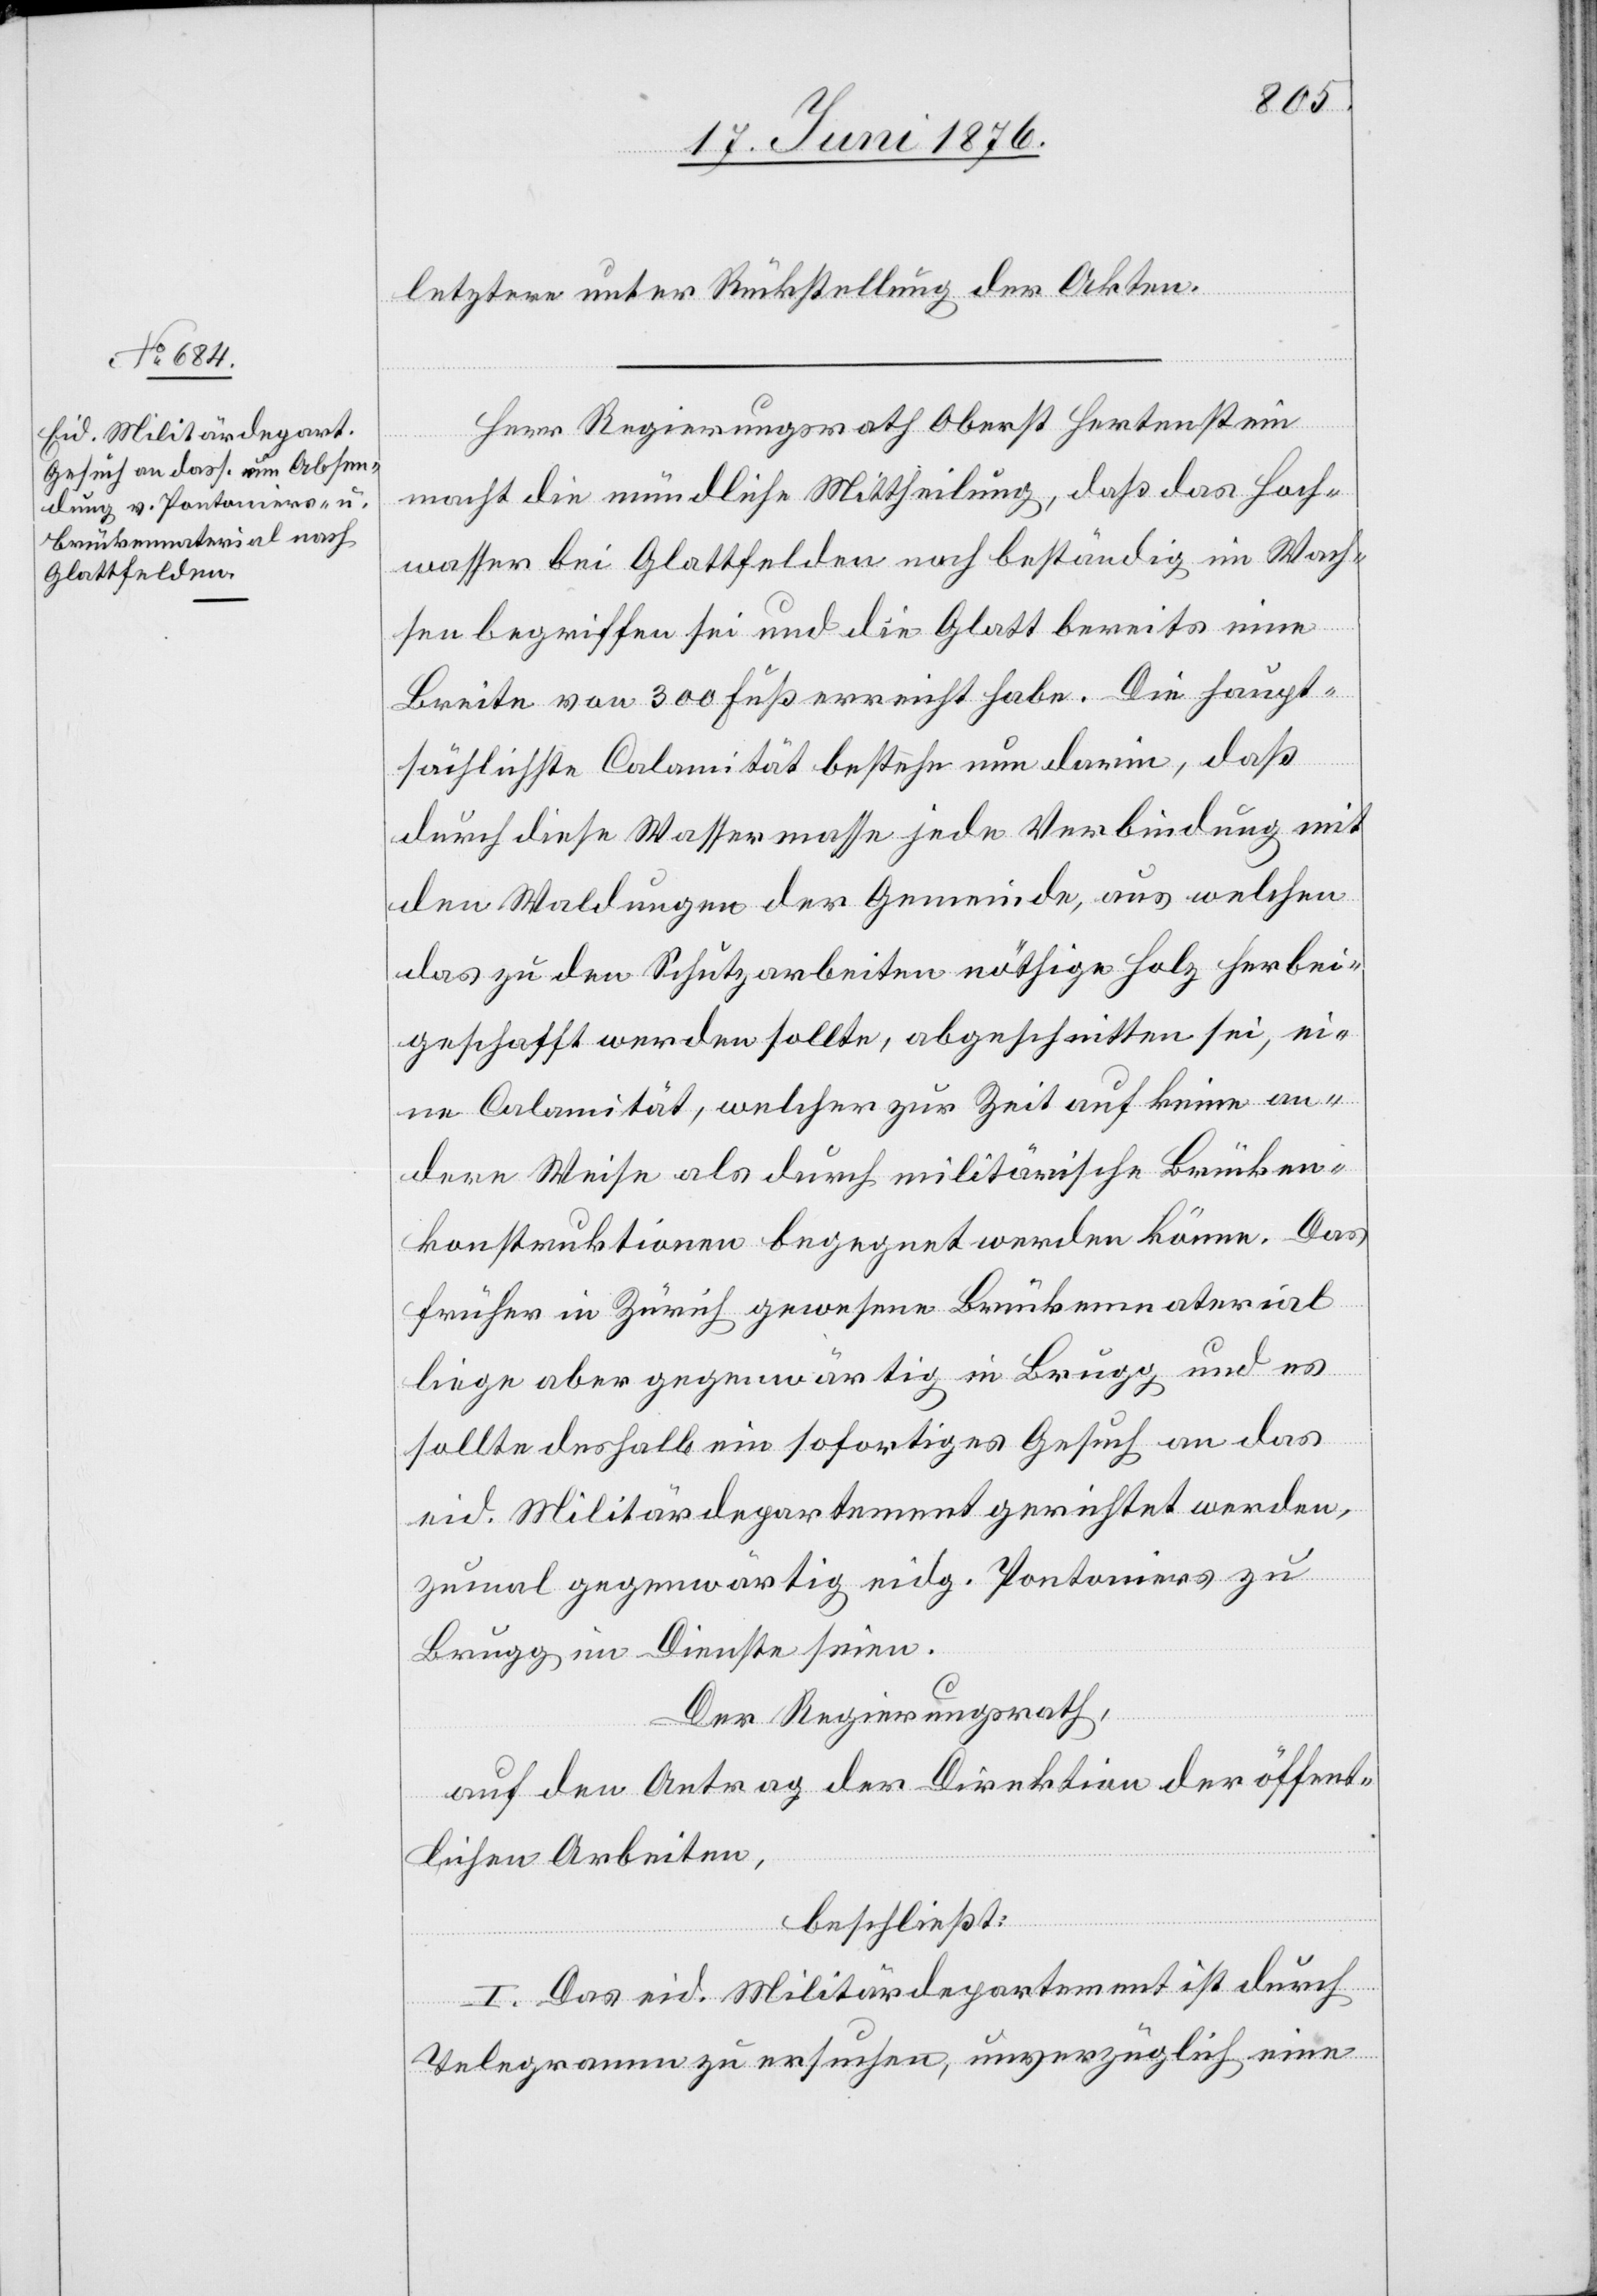
letztere unter Rückstellung der Akten.
Herr Regierungsrath Oberst Hertenstein
macht die mündliche Mittheilung, daß das Hoch¬
wasser bei Glattfelden noch beständig im Wach¬
sen begriffen sei und die Glatt bereits eine
Breite von 300 Fuß erreicht habe. Die haupt¬
sächlichste Calamität bestehe nun darin, daß
durch diese Wassermasse jede Verbindung mit
den Waldungen der Gemeinde, aus welchen
das zu den Schutzarbeiten nöthige Holz herbei¬
geschafft werden sollte, abgeschnitten sei, ei¬
ne Calamität, welcher zur Zeit auf keine an¬
dere Weise als durch militärische Brücken¬
konstruktionen begegnet werden könne. Das
früher in Zürich gewesene Brückenmaterial
liege aber gegenwärtig in Brugg und es
sollte deshalb ein sofortiges Gesuch an das
eid. Militärdepartement gerichtet werden,
zumal gegenwärtig eidg. Pontoniers zu
Brugg im Dienste seien.
Der Regierungsrath,
auf den Antrag der Direktion der öffent¬
lichen Arbeiten,
beschließt:
I. Das eid. Militärdepartement ist durch
Telegramm zu ersuchen, unverzüglich eine